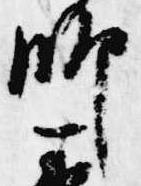
師